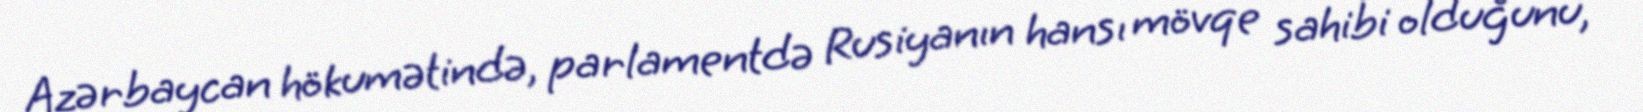
Azərbaycan hökumətində, parlamentdə Rusiyanın hansı mövqe sahibi olduğunu,